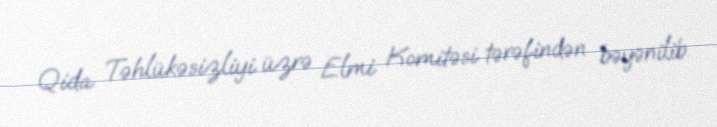
Qida Təhlükəsizliyi üzrə Elmi Komitəsi tərəfindən bəyənilib.